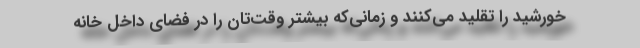
خورشید را تقلید می‌کنند و زمانی‌که بیشتر وقت‌تان را در فضای داخل خانه